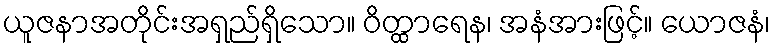
ယူဇနာအတိုင်းအရှည်ရှိသော။ ဝိတ္ထာရေန၊ အနံအားဖြင့်။ ယောဇနံ၊